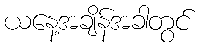
ယနေ့အချိန်အခါတွင်